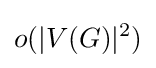
o(|V(G)|^{2})